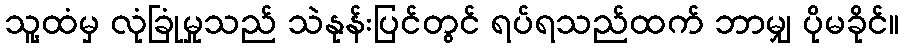
သူ့ထံမှ လုံခြုံမှုသည် သဲနုန်းပြင်တွင် ရပ်ရသည်ထက် ဘာမျှ ပိုမခိုင်။